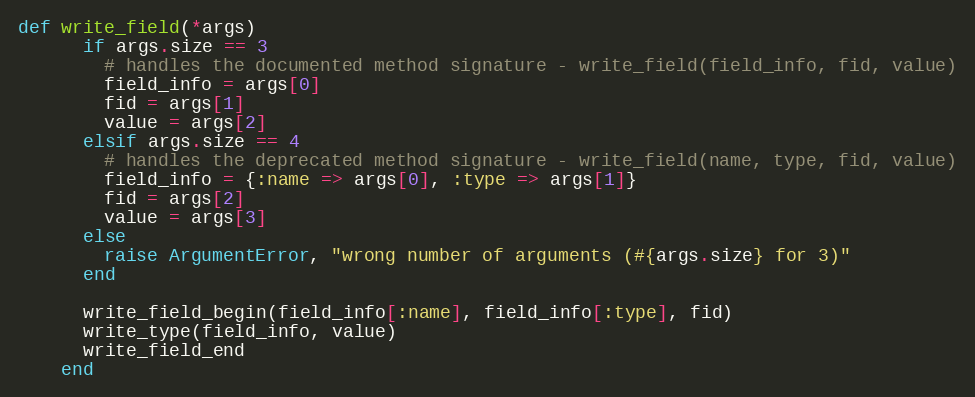
Language: Ruby
def write_field(*args)
      if args.size == 3
        # handles the documented method signature - write_field(field_info, fid, value)
        field_info = args[0]
        fid = args[1]
        value = args[2]
      elsif args.size == 4
        # handles the deprecated method signature - write_field(name, type, fid, value)
        field_info = {:name => args[0], :type => args[1]}
        fid = args[2]
        value = args[3]
      else
        raise ArgumentError, "wrong number of arguments (#{args.size} for 3)"
      end

      write_field_begin(field_info[:name], field_info[:type], fid)
      write_type(field_info, value)
      write_field_end
    end